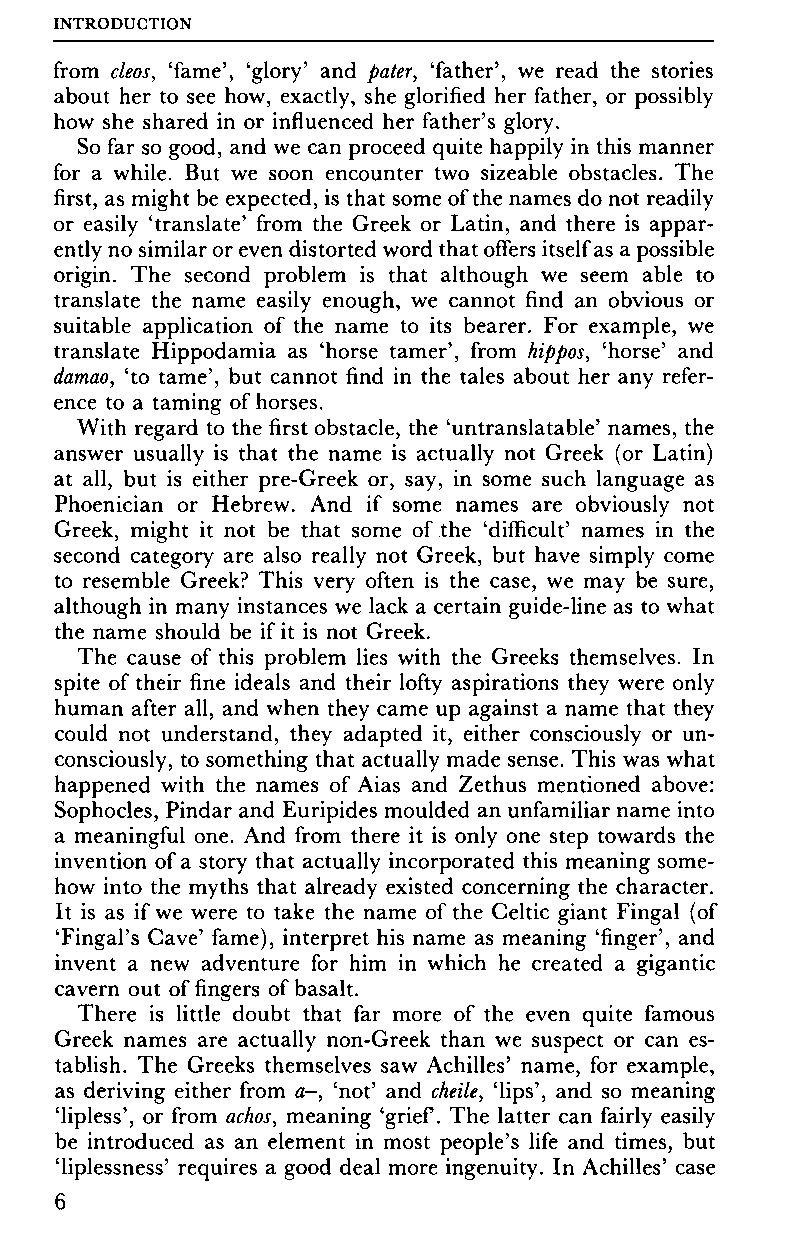
INTRODUCTION
 from cleos, 'fame', 'glory' and pater, 'father', we read the stories
 about her to see how, exactly, she glorified her father, or possibly
 how she shared in or influenced her father's glory.
 So far so good, and we can proceed quite happily in this manner
 for a while. But we soon encounter two sizeable obstacles. The
 first, as might be expected, is that some of the names do not readily
 or easily 'translate' from the Greek or Latin, and there is appar
 ently no similar or even distorted word that offers itself as a possible
 origin. The second problem is that although we seem able to
 translate the name easily enough, we cannot find an obvious or
 suitable application of the name to its bearer. For example, we
 translate Hippodamia as 'horse tamer', from hippos, 'horse' and
 damao, 'to tame', but cannot find in the tales about her any refer
 ence to a taming of horses.
 With regard to the first obstacle, the 'untranslatable' names, the
 answer usually is that the name is actually not Greek (or Latin)
 at all, but is either pre-Greek or, say, in some such language as
 Phoenician or Hebrew. And if some names are obviously not
 Greek, might it not be that some of the 'difficult' names in the
 second category are also really not Greek, but have simply come
 to resemble Greek? This very often is the case, we may be sure,
 although in many instances we lack a certain guide-line as to what
 the name should be if it is not Greek.
 The cause of this problem lies with the Greeks themselves. In
 spite of their fine ideals and their lofty aspirations they were only
 human after all, and when they came up against a name that they
 could not understand, they adapted it, either consciously or un
 consciously, to something that actually made sense. This was what
 happened with the names of Aias and Zethus mentioned above:
 Sophocles, Pindar and Euripides moulded an unfamiliar name into
 a meaningful one. And from there it is only one step towards the
 invention of a story that actually incorporated this meaning some
 how into the myths that already existed concerning the character.
 It is as if we were to take the name of the Celtic giant Fingal (of
 'FingaPs Cave' fame), interpret his name as meaning 'finger', and
 invent a new adventure for him in which he created a gigantic
 cavern out of fingers of basalt.
 There is little doubt that far more of the even quite famous
 Greek names are actually non-Greek than we suspect or can es
 tablish. The Greeks themselves saw Achilles' name, for example,
 as deriving either from a-, 'not' and cheile, 'lips', and so meaning
 'lipless', or from achos, meaning 'grief. The latter can fairly easily
 be introduced as an element in most people's life and times, but
 'liplessness' requires a good deal more ingenuity. In Achilles' case
 6